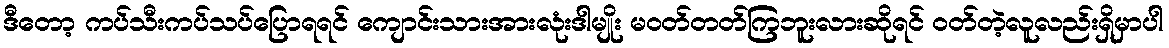
ဒီတော့ ကပ်သီးကပ်သပ်ပြောရရင် ကျောင်းသားအားလုံးဒါမျိုး မဝတ်တတ်ကြဘူးလားဆိုရင် ဝတ်တဲ့လူလည်းရှိမှာပါ